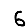
Digit: 6